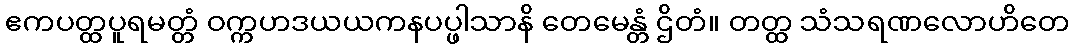
ဧကပတ္ထပူရမတ္တံ ဝက္ကဟဒယယကနပပ္ဖါသာနိ တေမေန္တံ ဌိတံ။ တတ္ထ သံသရဏလောဟိတေ